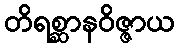
တိရစ္ဆာနဝိဇ္ဇာယ